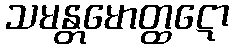
သမန္တမောတ္ထဋော